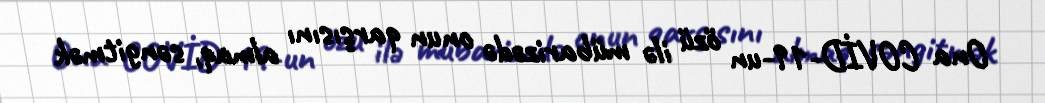
Ona COVİD-19-un özü ilə mübarizədə onun qarşısını almaq, səngitmək